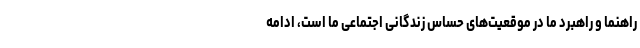
راهنما و راهبرد ما در موقعیت‌های حساس زندگانی اجتماعی ما است، ادامه